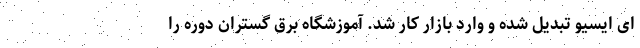
ای ایسیو تبدیل شده و وارد بازار کار شد. آموزشگاه برق گستران دوره را